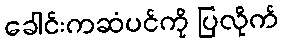
ခေါင်းကဆံပင်ကို ပြလိုက်